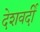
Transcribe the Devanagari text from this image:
देशवर्दी